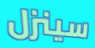
سينزل